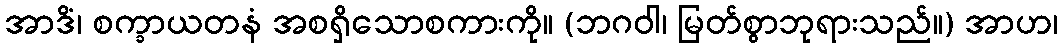
အာဒိံ၊ စက္ခာယတနံ အစရှိသောစကားကို။ (ဘဂဝါ၊ မြတ်စွာဘုရားသည်။) အာဟ၊